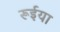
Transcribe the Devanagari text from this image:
रूईया